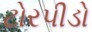
ટોરપીડો